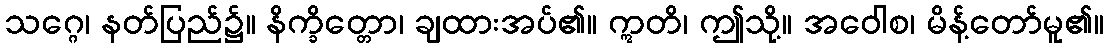
သဂ္ဂေ၊ နတ်ပြည်၌။ နိက္ခိတ္တော၊ ချထားအပ်၏။ ဣတိ၊ ဤသို့။ အဝေါစ၊ မိန့်တော်မူ၏။